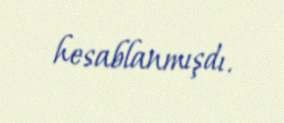
hesablanmışdı.